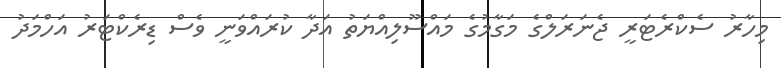
މިހާރު ސެކްރެޓަރީ ޖެނަރަލްގެ މަގާމުގެ މައްސޫލިއްޔަތު އަދާ ކުރައްވަނީ ވެސް ޑިރެކްޓަރު އަހްމަދު